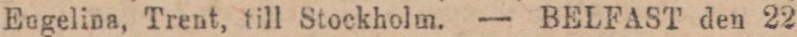
Engelina, Trent, till Stockholm. — BELFAST den 22